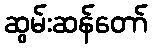
ဆွမ်းဆန်တော်